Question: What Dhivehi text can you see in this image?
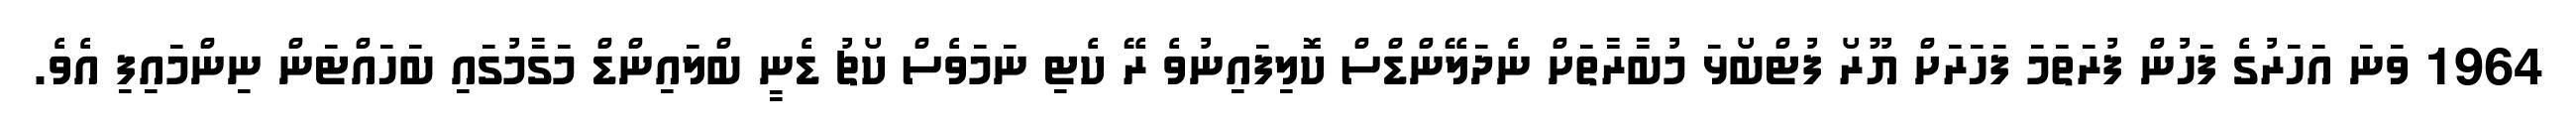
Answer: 1964 ވަނަ އަހަރުގެ ފަހުން ފުރަތަމަ ފަހަރަށް ޔޫރޯ ފުޓްބޯޅަ މުބާރާތަށް ނެދަލޭންޑްސް ކޮލިފައިނުވެ ރޭ ކެޓި ނަމަވެސް ކޯޗު ޑެނީ ބްލައިންޑް މަގާމުގައި ބަހައްޓަން ނިންމައިފި އެވެ.